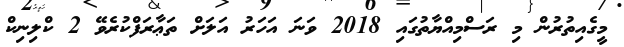
މީގެއިތުރުން މި ރަސްމިއްޔާތުގައި 2018 ވަނަ އަހަރު އަލަށް ތަޢާރަފްކުރެވޭ 2 ކްލިނިކް